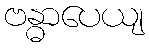
ဗန္ဓာပေယျ